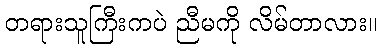
တရားသူကြီးကပဲ ညီမကို လိမ်တာလား။